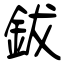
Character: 鈸